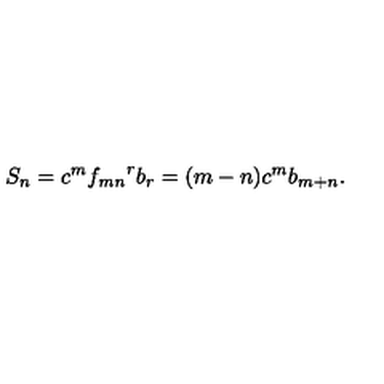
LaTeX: S _ { n } = c ^ { m } { f _ { m n } } ^ { r } b _ { r } = ( m - n ) c ^ { m } b _ { m + n } .